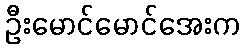
ဦးမောင်မောင်အေးက